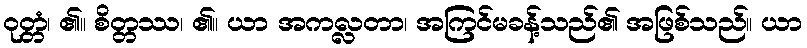
ဝုတ္တံ၊ ၏။ စိတ္တဿ၊ ၏။ ယာ အကလ္လတာ၊ အကြင်မခန့်သည်၏ အဖြစ်သည်။ ယာ